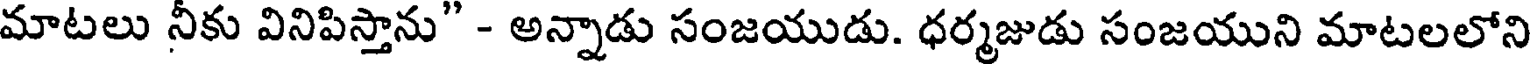
మాటలు నీకు వినిపిస్తాను" - అన్నాడు సంజయుడు. ధర్మజుడు సంజయుని మాటలలోని